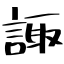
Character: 諏